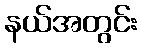
နယ်အတွင်း